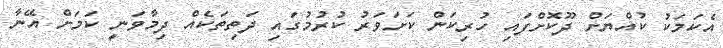
އެކަމަކު ކުއްޔަށް ދޫކޮށްފައި ހުރިކަން ކަށަވަރު ކުރުމުގައި ދަތިތަކެއް ދިމާވަނީ ކަމަށް އޭނާ